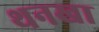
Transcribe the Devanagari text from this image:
थनखा